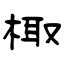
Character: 棷